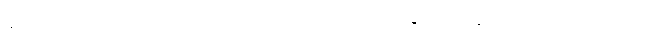
နိရောဓသမာပါတ်ဝ်ပြခြင်းဟုဆိုအပ်သော။ ဓမ္မဒေသနေ၊ တရားဟောရာ၌။